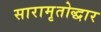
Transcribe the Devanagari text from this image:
सारामृतोद्धार